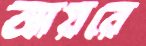
আয়রে